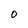
Character: O